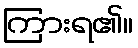
ကြားရ၏။